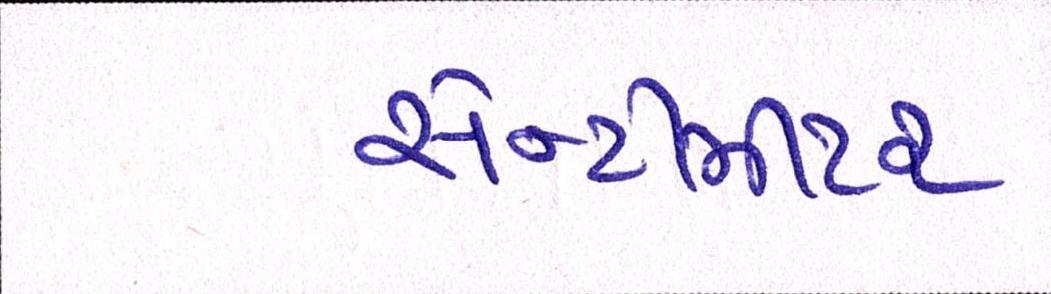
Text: સેન્ટીમીટર